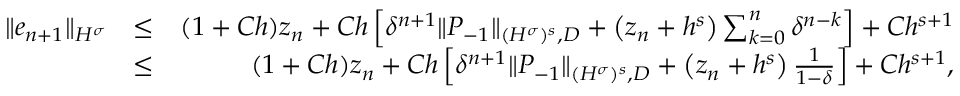
\begin{array} { r l r } { \| e _ { n + 1 } \| _ { H ^ { \sigma } } } & { \leq } & { ( 1 + C h ) z _ { n } + C h \left[ \delta ^ { n + 1 } \| P _ { - 1 } \| _ { { ( H ^ { \sigma } ) ^ { s } } , D } + \left( z _ { n } + h ^ { s } \right) \sum _ { k = 0 } ^ { n } \delta ^ { n - k } \right] + C h ^ { s + 1 } } \\ & { \leq } & { ( 1 + C h ) z _ { n } + C h \left[ \delta ^ { n + 1 } \| P _ { - 1 } \| _ { { ( H ^ { \sigma } ) ^ { s } } , D } + \left( z _ { n } + h ^ { s } \right) \frac { 1 } { 1 - \delta } \right] + C h ^ { s + 1 } , } \end{array}